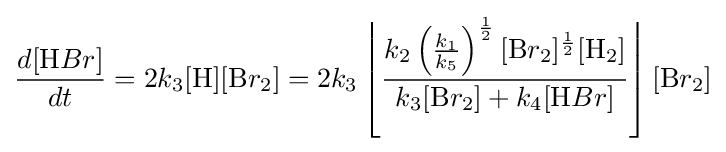
{\frac {d[{\ce {H}}Br]}{dt}}=2k_{3}[{\ce {H}}][{\ce {B}}r_{2}]=2k_{3}\left\lfloor {\frac {k_{2}\left({\frac {k_{1}}{k_{5}}}\right)^{\frac {1}{2}}[{\ce {B}}r_{2}]^{\frac {1}{2}}[{\ce {H}}_{2}]}{k_{3}[{\ce {B}}r_{2}]+k_{4}[{\ce {H}}Br]}}\right\rfloor [{\ce {B}}r_{2}]